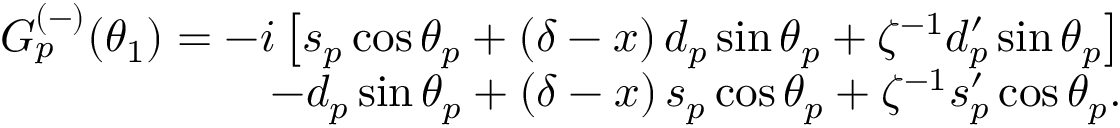
\begin{array} { r l r } & { } & { G _ { p } ^ { ( - ) } ( \theta _ { 1 } ) = - i \left[ s _ { p } \cos \theta _ { p } + \left( \delta - x \right) d _ { p } \sin \theta _ { p } + \zeta ^ { - 1 } d _ { p } ^ { \prime } \sin \theta _ { p } \right] } \\ & { } & { - d _ { p } \sin \theta _ { p } + \left( \delta - x \right) s _ { p } \cos \theta _ { p } + \zeta ^ { - 1 } s _ { p } ^ { \prime } \cos \theta _ { p } . } \end{array}